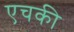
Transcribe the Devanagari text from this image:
एचकी